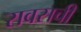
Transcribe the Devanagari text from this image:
रावसची